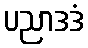
ပညာဒဒံ